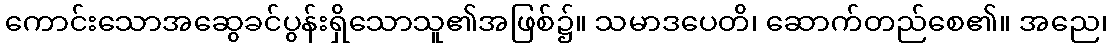
ကောင်းသောအဆွေခင်ပွန်းရှိသောသူ၏အဖြစ်၌။ သမာဒပေတိ၊ ဆောက်တည်စေ၏။ အညေ၊